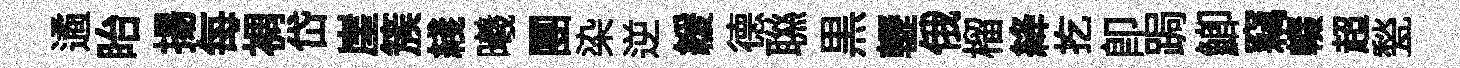
遹眙揚每裯岱崖簇綫曦團染逆緩德聮黒轣俄榴絳扢即跼鯽竊輟超甃